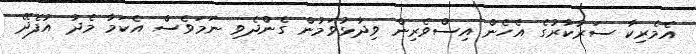
އެމެރިކާ ސަރުކާރުގެ އެހެން އިސްވެރިން ވިދާޅުވަމުން ގެންދެވި ނަމަވެސް އެކަމާ މެދު އުފެދޭ